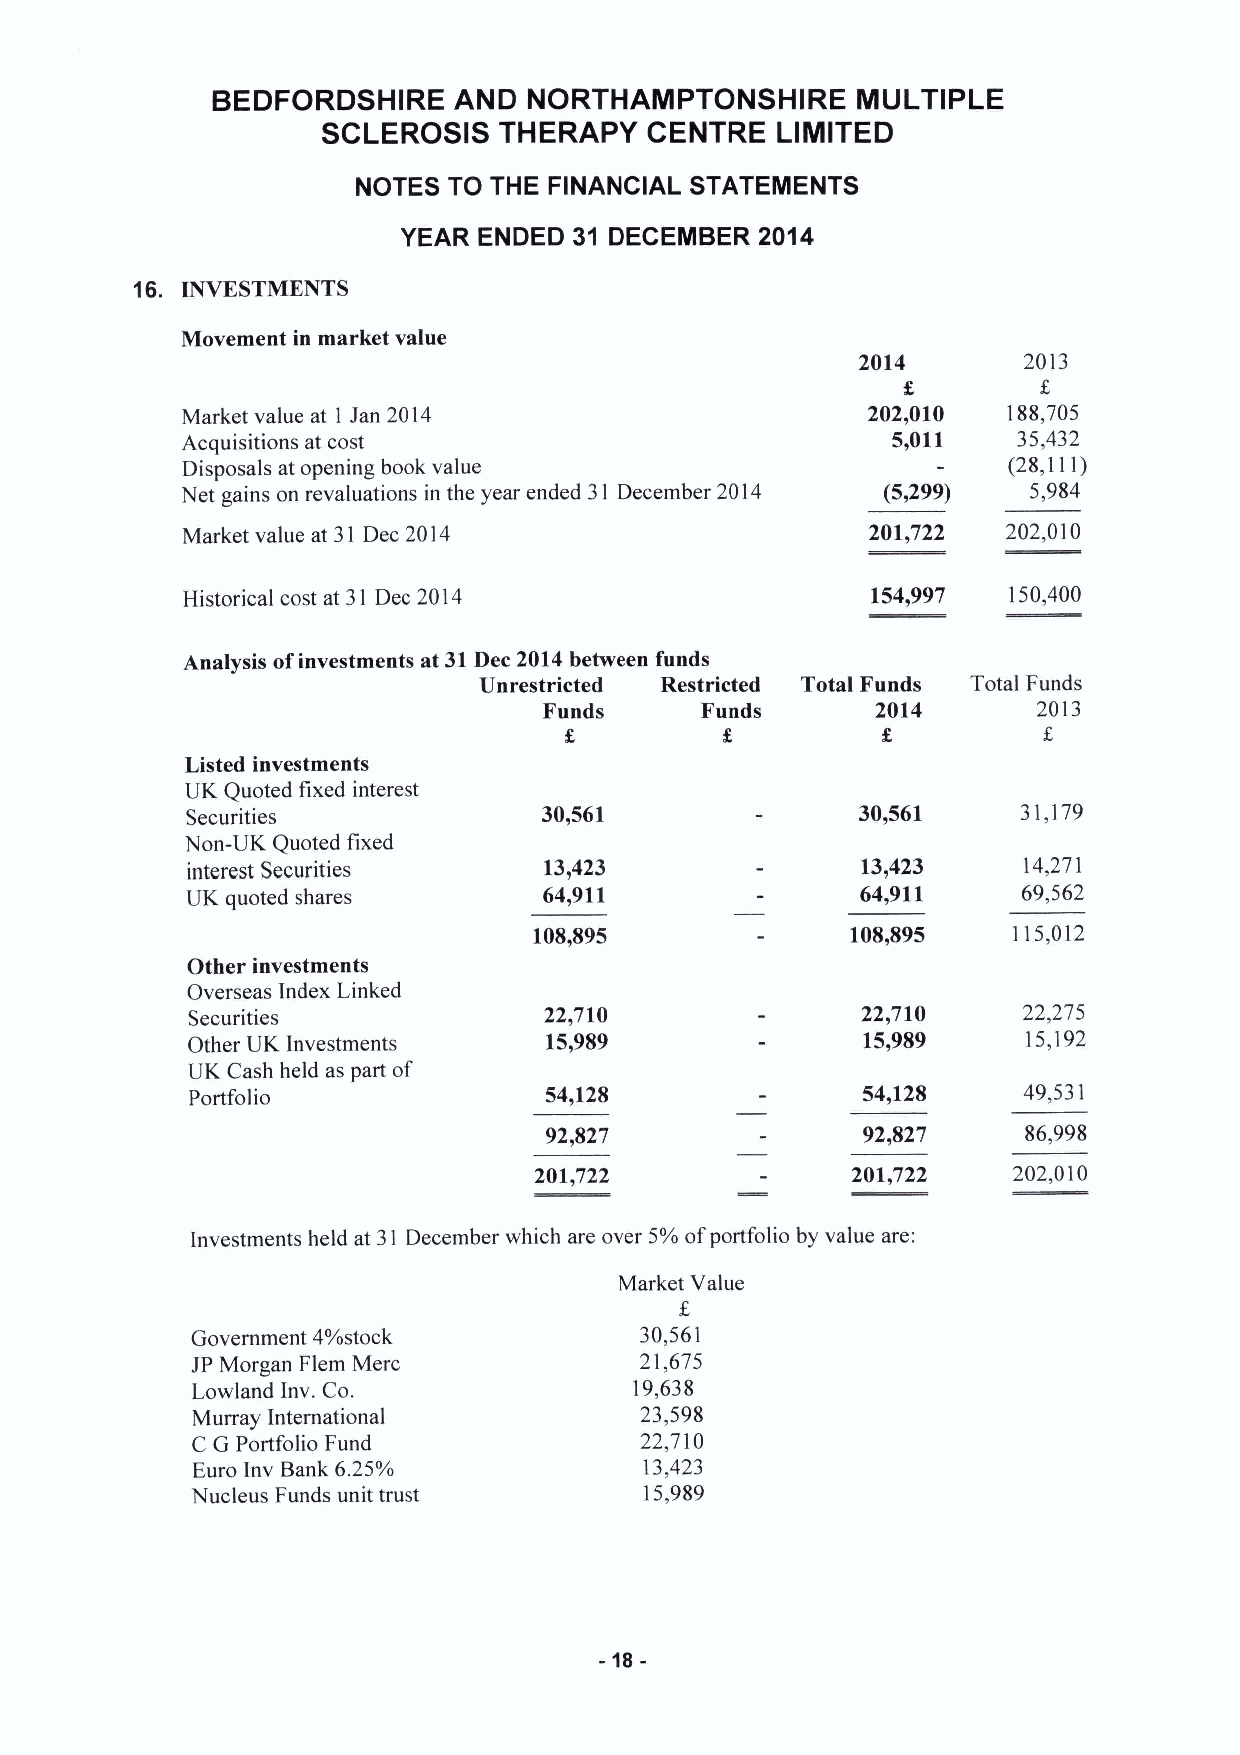
BEDFORDSHIRE    AND  NORTHAMPTONSHIRE      MULTIPLE
 SCLEROSIS   THERAPY   CENTRE  LIMITED
 NOTES TO THE FINANCIAL STATEMENTS
 YEAR ENDED 31 DECEMBER 2014
 16. INVESTMENTS
 Movement in market value
 2014       2013
 Market value at 1 Jan 2014                   202,010   188,705
 Acquisitions at cost                           5,011   35,432
 Disposals at opening book value                        (28,111)
 Net gains on revaluations in the year ended 31 December 2014 (5,299) 5,984
 Market value at 31 Dec 2014                   201,722  202,010
 Historical cost at 31 Dec 2014                154,997  150,400
 Analysis ofinvestments at 31Dec 2014between funds
 Unrestricted Restricted Total Funds Total Funds
 Funds     Funds       2014       2013
 Listed investments
 UK Quoted fixed interest
 Securities              30,561               30,561     31,179
 Non-UK Quoted fixed
 interest Securities     13,423               13,423     14,271
 UK quoted shares        64,911               64,911     69,562
 108,895              108,895    115,012
 Other investments
 Overseas Index Linked
 Securities              22,710               22,710     22,275
 Other UK Investments    15,989               15,989     15,192
 UK Cash held as part of
 Portfolio               54,128               54,128     49,531
 92,827               92,827     86,998
 201,722              201,722    202,010
 Investments held at 31 December which are over 5%ofportfolio by value are:
 Market Value
 Government 4%stock           30,561
 JP Morgan Flem Merc          21,675
 Lowland Inv. Co.             19,638
 Murray International         23,598
 C G Portfolio Fund           22,710
 Euro Inv Bank 6.25%           13,423
 Nucleus Funds unit trust      15,989
 -18-